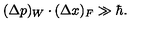
( \Delta p ) _ { W } \cdot ( \Delta x ) _ { F } \gg \hbar .